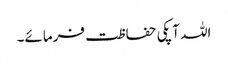
اللہ آپکی حفاظت فرمائے۔